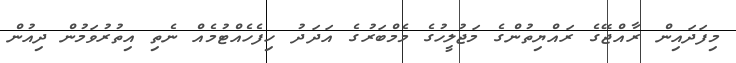
މިފަދައިން ރާއްޖޭގެ ރައްޔިތުންގެ މަޖުލީހުގެ މެމްބަރުގެ އަދަދު ހިފެހެއްޓުމެއް ނެތި އިތުރުވަމުން ދިއުން